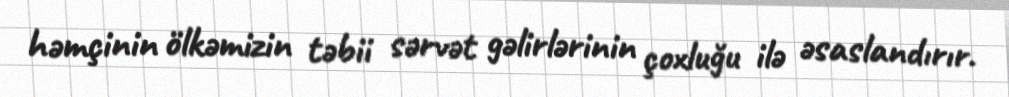
həmçinin ölkəmizin təbii sərvət gəlirlərinin çoxluğu ilə əsaslandırır.